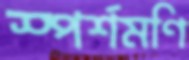
স্পর্শমণি